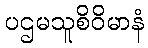
ပဌမသူစိဝိမာနံ